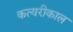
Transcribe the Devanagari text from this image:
कत्यरीकाल